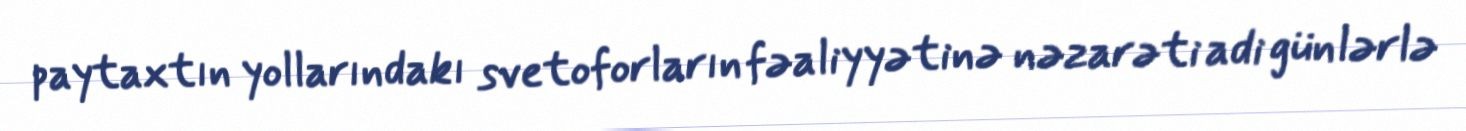
paytaxtın yollarındakı svetoforların fəaliyyətinə nəzarəti adi günlərlə